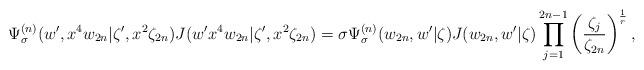
LaTeX: \begin{align*}\Psi^{(n)}_\sigma (w', x^4 w_{2n}|\zeta', x^2 \zeta_{2n})J(w'x^4 w_{2n}|\zeta',x^2\zeta_{2n})=\sigma \Psi^{(n)}_\sigma (w_{2n}, w'|\zeta ) J(w_{2n}, w'|\zeta )\prod_{j=1}^{2n-1} \left( \frac{\zeta_j}{\zeta_{2n}} \right)^{\frac{1}{r}}, \end{align*}